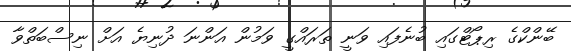
ބޭންކްގެ ރިޕޯޓްގައި ބުނެފައި ވަނީ ތަރައްގީ ވަމުން އަންނަ ދުނިޔެ އަށް ނިސްބަތްވާ